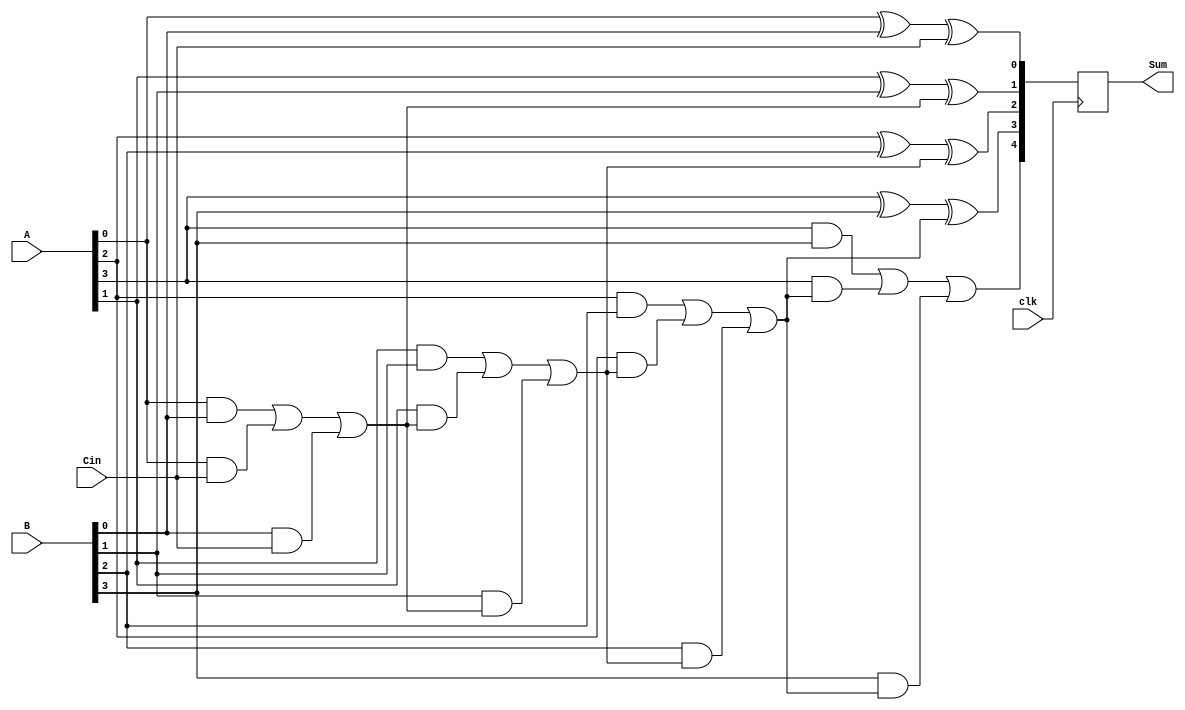
module PrecomputationCarryAdder #(parameter N = 4) (
    input  wire [N-1:0] A,        // First N-bit input
    input  wire [N-1:0] B,        // Second N-bit input
    input  wire        Cin,        // Carry-in
    input  wire        clk,        // Clock signal
    output reg  [N:0] Sum         // N+1 bit output for sum
);

    // Internal signals for carry generation
    wire [N:0] carry;              // Carry signals
    wire [N-1:0] sum;              // Sum signals

    // Carry generation logic
    genvar i;
    generate
        for (i = 0; i < N; i = i + 1) begin : carry_gen
            if (i == 0) begin
                assign carry[i] = (A[i] & B[i]) | (A[i] & Cin) | (B[i] & Cin); // Carry for the first bit
            end else begin
                assign carry[i] = (A[i] & B[i]) | (A[i] & carry[i-1]) | (B[i] & carry[i-1]); // Carry for subsequent bits
            end
        end
    endgenerate

    // Sum calculation logic
    generate
        for (i = 0; i < N; i = i + 1) begin : sum_calc
            assign sum[i] = A[i] ^ B[i] ^ (i == 0 ? Cin : carry[i-1]); // Sum calculation
        end
    endgenerate

    // Final carry-out
    assign carry[N] = carry[N-1]; // Final carry-out

    // Output assignment
    always @(posedge clk) begin
        Sum <= {carry[N], sum}; // Concatenate final carry with sum
    end

endmodule